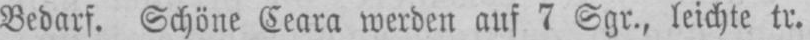
Bedarf. Schöne Ceara werden auf 7 Sgr., leichte tr.